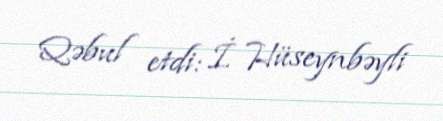
Qəbul etdi: İ. Hüseynbəyli